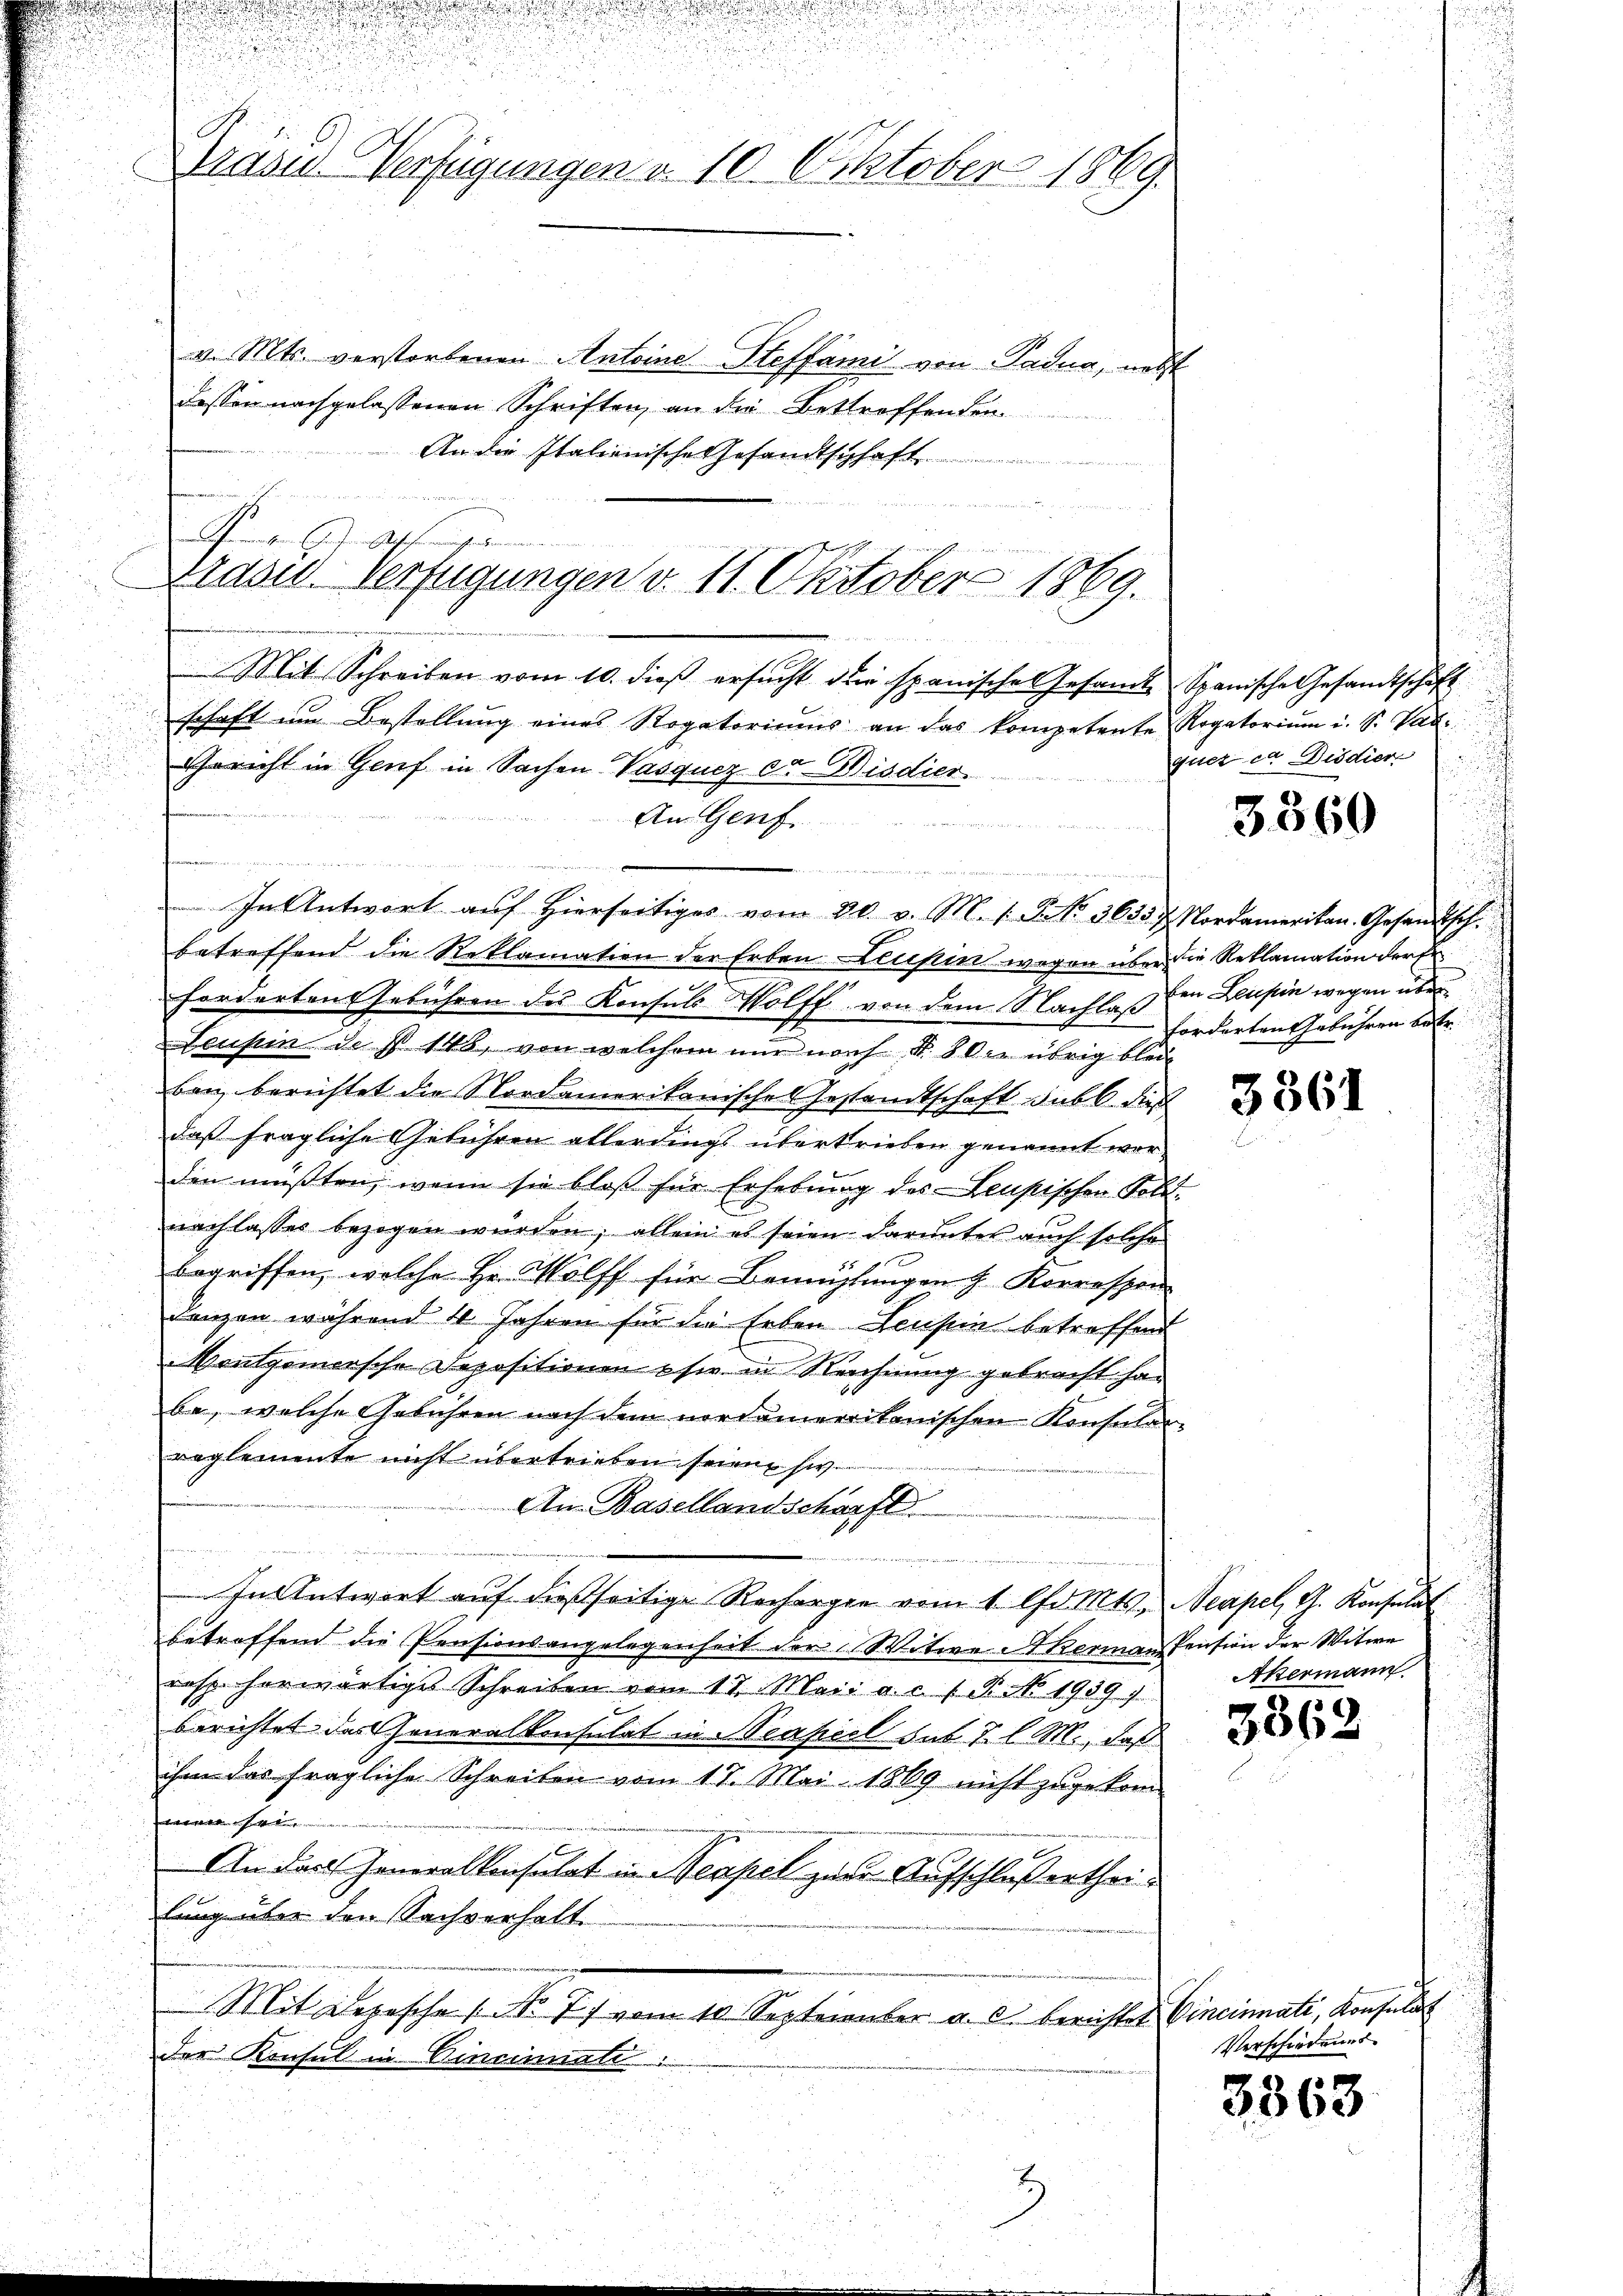
!
.
.
Gräses Verfügungen u. 10. Oktober 1869.

v. Mts. verstorbenen Antoine Steffami von Padua, nebst
dessen nachgelassenen Schriften, an die Bettroffenden.
An die Italienische Gesamtschaft

Rheinigen Gesuchung denen
Plasid. Verfügungen v. 11. Oktober 1869.

Mit Schreiben vom 10. dieβ ersŭcht die spanische Gesamt Spanische Gesandtschaft
schaft im Bestellung eines Rogatoriums an das kompetente Rogatorium i. S. Vat
Gericht in Genf in Sachen Vasqucz der Wisdien
An Genf

In Antwort auf hierseitiges vom 30. v. M. 1. P. No. 3635. 7. Nordamerikan. Gesandtsch.
betreffend die Reklamation der Erben Leupin wegen über die Reklamation der Er
forderten Gebühren des Konsuls Wolff von dem Nachlaß ein Leupin wegen über
Leuhin des 148, von welchem nur nach N. 8 der übrig blei
ban berichtet die Nordamerikanische Gestandtschaft subl. dies
daß fragliche Gebühren allerdings übertrieben genannt warden müßten, wenn sie bloß für Erhebung des Leusischen Soldnachlasses bezogen würden; allein es seien darunter auch solche
begriffen, welche Hr. Wolff für Bemühungen z. Korrespon
Lanzen während 4 Jahren für die Erben Leusin betreffend
Montgomersche Depositionen sie in Rechnung gebracht han
be, welche Gebühren nach dem nordamereitanischen Konsularreglemente nicht übertrieben seien si
An Basellandschärft
e
In Antwort auf dießseitige Rechargen vom 1. d. Mts. Neapel, G. Konsulat
betreffend die Pensionsangelegenheit der Witwe Akermann Pension der Witwe
das herwärtiges Schreiben vom 17. Mai a. c. 1. P. No. 1989. 1
berichtet das Generalkonsulat in Senseil sub 7 l. M., daß
ihm das fragliche Schreiben vom 17. Mai 1869 nicht zugekom-
unterte bestriken in Entsterkung mei
An das Generalkonsulat in Neapel zur Aufschlußertheilung über den Sachverhalt
Mit Depesche (Nr. 77 vom 10 September a. c. berichtet Vincinnate, Konsulat
der Konsul in Cincinate.

quer ca Didier

3360

forderten Gebühren betr.

3361

Akermann.

3362

Verschiedenes

3363